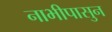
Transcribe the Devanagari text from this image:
नाभीपासुन